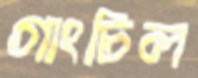
গাংচিল